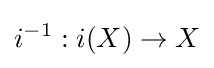
i^{-1}:i(X)\to X